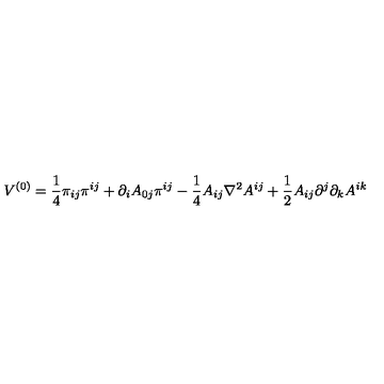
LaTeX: V ^ { ( 0 ) } = \frac { 1 } { 4 } \pi _ { i j } \pi ^ { i j } + \partial _ { i } A _ { 0 j } \pi ^ { i j } - \frac { 1 } { 4 } A _ { i j } \nabla ^ { 2 } A ^ { i j } + \frac { 1 } { 2 } A _ { i j } \partial ^ { j } \partial _ { k } A ^ { i k }